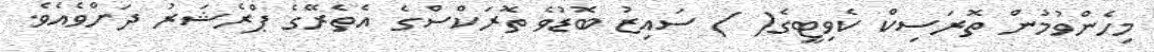
މިހެންވުމުން ތޮރަސިކް ކެވިޓީގެ( ) ސައިޒު ބޮޑުވެ ތޮރަކްސްގެ އެތެރޭގެ ޕްރެޝަރު ދަށްވެއެވެ.